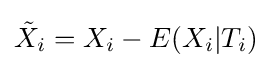
{\tilde {X}}_{i}=X_{i}-E(X_{i}|T_{i})